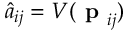
\hat { a } _ { i j } = V ( \textbf { p } _ { i j } )